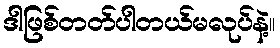
ဒါဖြစ်တတ်ပါတယ်မလုပ်နဲ့။